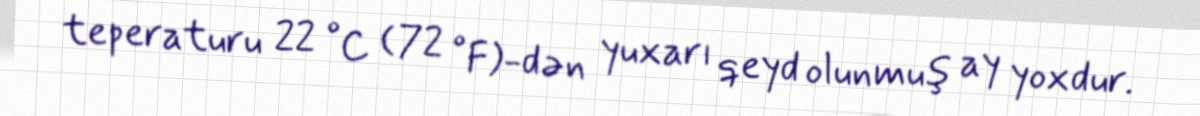
teperaturu 22 °C (72 °F)-dən yuxarı qeyd olunmuş ay yoxdur.